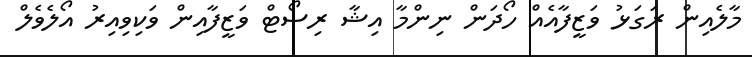
މާލެއިން ރަގަޅު ވަޒީފާއެއް ހޯދަން ނިންމާ އިޝާ ރިސޯޓް ވަޒީފާއިން ވަކިވިއިރު އޯލެެވެލް